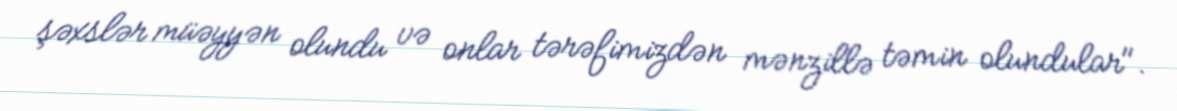
şəxslər müəyyən olundu və onlar tərəfimizdən mənzillə təmin olundular".